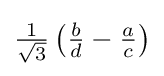
{\tfrac {1}{\sqrt {3}}}\left({\tfrac {b}{d}}-{\tfrac {a}{c}}\right)